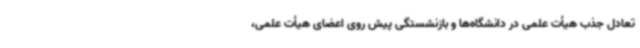
تعادل جذب هیأت علمی در دانشگاه‌ها و بازنشستگی پیش روی اعضای هیأت علمی،